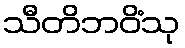
သီတိဘဝိံသု